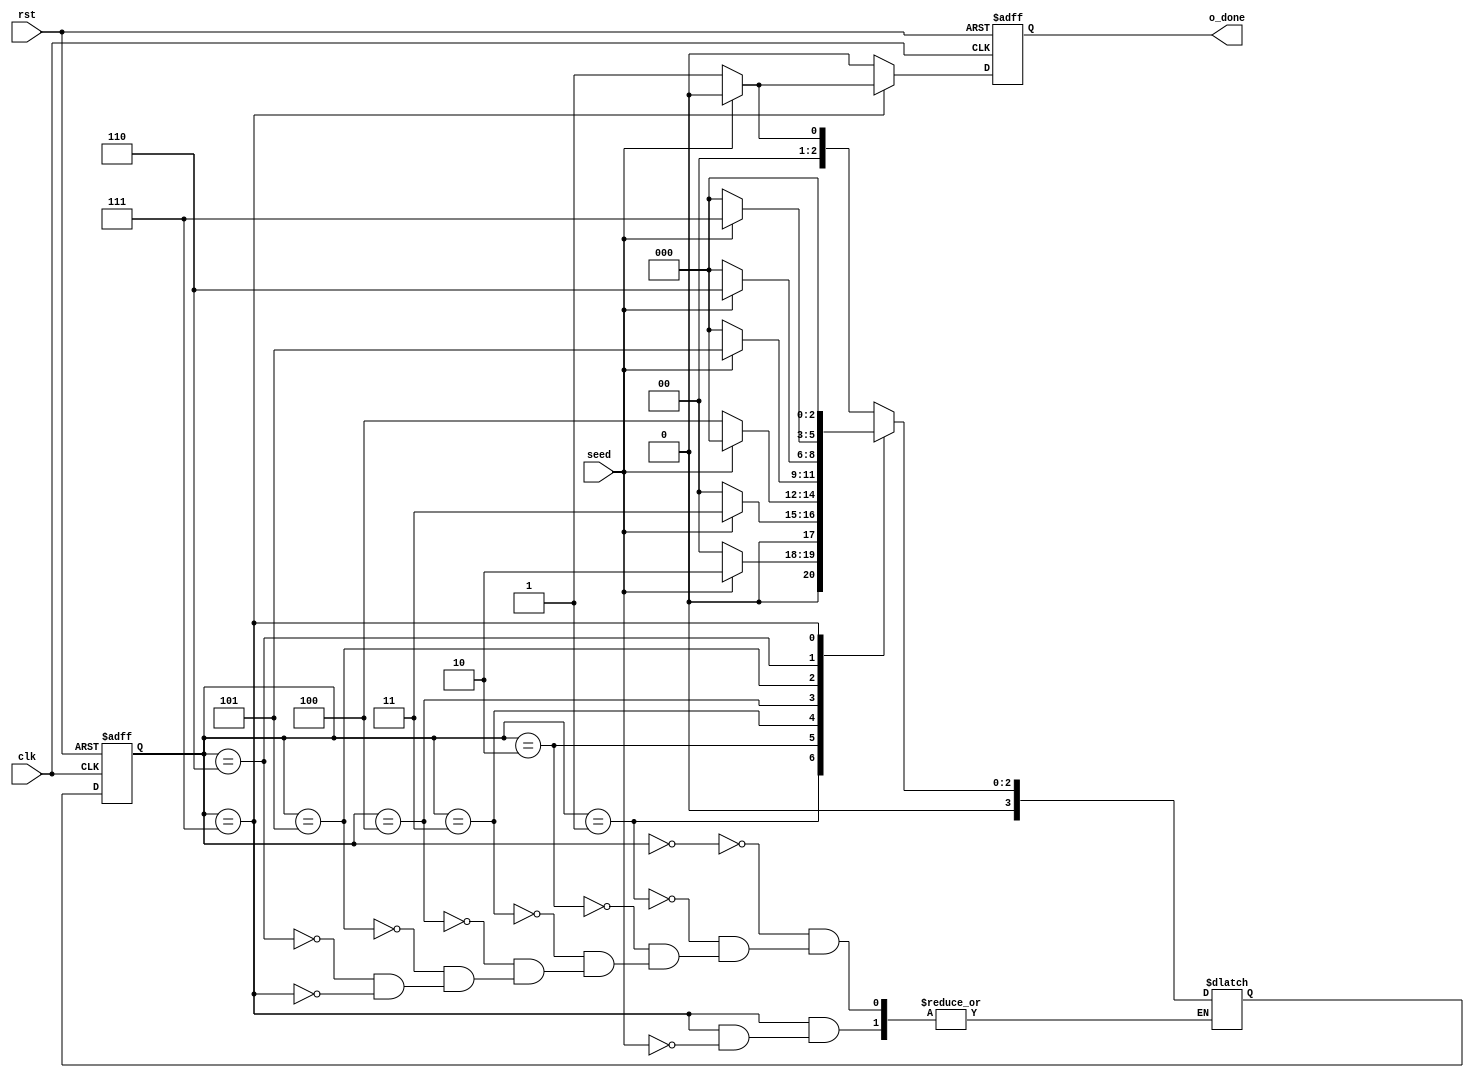
module sequance_detect(
input wire clk,rst,seed,
output reg o_done
);
localparam s0 = 4'b0000,s1 = 4'b0001,s2 = 4'b0010,s3 = 4'b0011,s4 = 4'b0100,s5 = 4'b0101,s6 = 4'b0110,s7 = 4'b0111,s8 = 4'b1000;

reg done ;
reg [3:0]  current_state,next_state;
/*************************************************************state transition *********************************************************/
always@(posedge clk or negedge rst)
begin
if(!rst)
begin 
    current_state <=0;
	o_done <= 1'b0 ;
end 
else
begin
     current_state <= next_state; 
	 o_done <= done ;
end
end
/***************************************************************************************************************************************/


/*************************************************************combinantial part ********************************************************/
always@(*)
		begin
			done = 0;
			case(current_state)
				s0:
					begin
						if(seed == 0)
						next_state = s1;
						else
						next_state = s0;
					end
				s1:
					begin
						if(seed == 1)
						next_state = s2;
						else
						next_state = s0;
					end
				s2:
					begin
						if(seed == 1)
						next_state = s3;
						else
						next_state = s0;
					end
				s3:
					begin
						if(seed == 0)
						next_state = s4;
						else
						next_state = s0;
					end
				s4:
					begin
						if(seed == 1)
						next_state = s5;
						else
						next_state = s0;
					end
				s5:
					begin
						if(seed == 1)
						next_state = s6;
						else
						next_state = s0;
					end
				s6:
					begin
						if(seed == 1)
						next_state = s7;
						else
						next_state = s0;
					end
				s7:
					begin
						if(seed == 0)
						done =1;
						else
						next_state = s0;
					end

			endcase

		end
endmodule